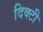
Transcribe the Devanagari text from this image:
दिक्टी